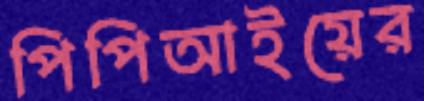
পিপিআইয়ের